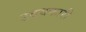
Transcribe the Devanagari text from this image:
उदयकारी